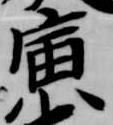
寅